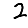
Digit: 2